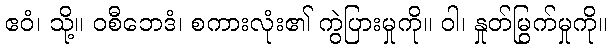
ဧဝံ၊ သို့။ ဝစီဘေဒံ၊ စကားလုံး၏ ကွဲပြားမှုကို။ ဝါ၊ နှုတ်မြွက်မှုကို။